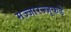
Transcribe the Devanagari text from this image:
मज्जारज्जूकडे